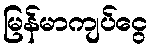
မြန်မာကျပ်ငွေ